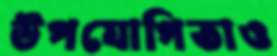
উপযোগিতাও